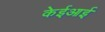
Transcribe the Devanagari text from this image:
केईआई